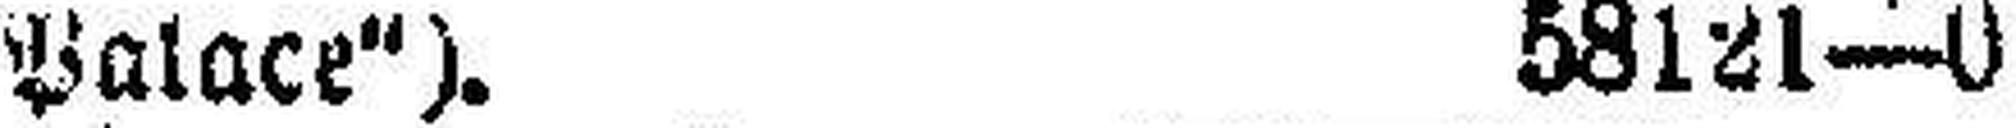
Palace“). 58121—0